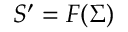
S ^ { \prime } = F ( \Sigma )